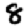
Digit: 8